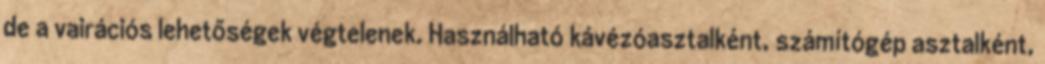
de a vairációs lehetőségek végtelenek. Használható kávézóasztalként, számítógép asztalként,